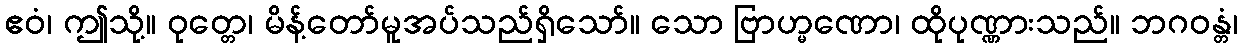
ဧဝံ၊ ဤသို့။ ဝုတ္တေ၊ မိန့်တော်မူအပ်သည်ရှိသော်။ သော ဗြာဟ္မဏော၊ ထိုပုဏ္ဏားသည်။ ဘဂဝန္တံ၊